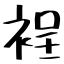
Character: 裎